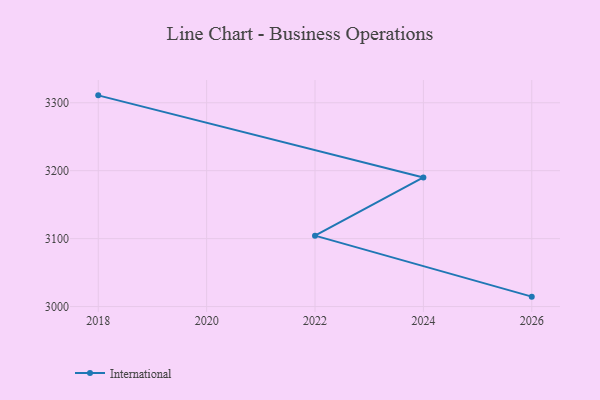
{"axis": {"x": "Year", "y": "Net Income (USD K)"}, "legend": ["International"], "data": [{"x": "2026", "y": 3014.6, "type": "International"}, {"x": "2022", "y": 3104.4, "type": "International"}, {"x": "2024", "y": 3190.1, "type": "International"}, {"x": "2018", "y": 3310.9, "type": "International"}]}